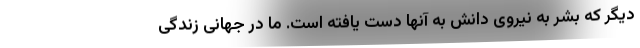
دیگر که بشر به نیروی دانش به آنها دست یافته است. ما در جهانی زندگی